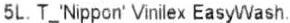
5L. T_'NIPPON' VINILEX EASYWASH.